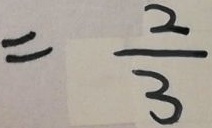
= \frac { 2 } { 3 }